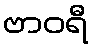
ဗာဝရီ